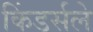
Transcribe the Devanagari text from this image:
किंडर्सले